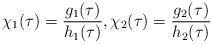
LaTeX: \begin{align*} \chi_1 (\tau) =\dfrac{g_1 (\tau ) }{h_1 (\tau )}, \chi_2 (\tau) =\dfrac{g_2 (\tau ) }{h_2 (\tau )}\end{align*}